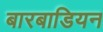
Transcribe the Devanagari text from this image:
बारबाडियन